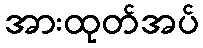
အားထုတ်အပ်